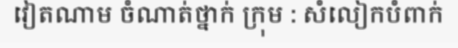
វៀតណាម ចំណាត់ថ្នាក់ ក្រុម : សំលៀកបំពាក់